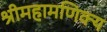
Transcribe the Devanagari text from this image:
श्रीमहामणिक्य